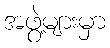
အဖွဲ့များမှာ